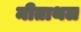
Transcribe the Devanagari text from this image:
मीताथल